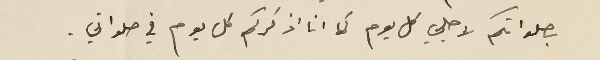
بصلواتكم لاجلي كل يوم كما انا اذكركم كل يوم في صلواتي.